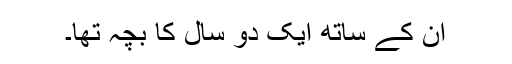
ان کے ساتھ ایک دو سال کا بچہ تھا۔